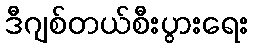
ဒီဂျစ်တယ်စီးပွားရေး